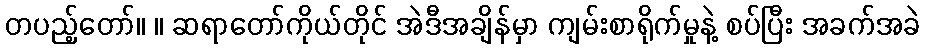
တပည့်တော်။ ။ ဆရာတော်ကိုယ်တိုင် အဲဒီအချိန်မှာ ကျမ်းစာရိုက်မှုနဲ့ စပ်ပြီး အခက်အခဲ